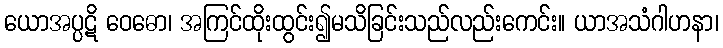
ယောအပ္ပဋိ ဝေဓော၊ အကြင်ထိုးထွင်း၍မသိခြင်းသည်လည်းကေင်း။ ယာအသံဂါဟနာ၊